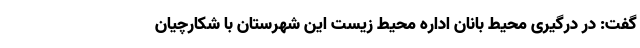
گفت: در درگیری محیط بانان اداره محیط زیست این شهرستان با شکارچیان